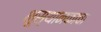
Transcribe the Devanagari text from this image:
भूस्थानकाचा